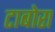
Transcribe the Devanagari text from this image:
टाबोरा